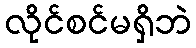
လိုင်စင်မရှိဘဲ